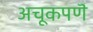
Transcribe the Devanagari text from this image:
अचूकपणॆ